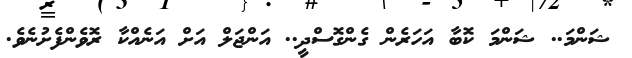
ޝަންމަ.. ޝަންމަ ކޮބާ އަހަރެން ގެންގޮސްދީ.. އަންޖަލް އަށް އަނެއްކާ ރޮވެންފެށުނެވެ.